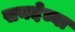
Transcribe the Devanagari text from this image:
सनदेच्या